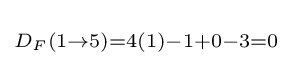
\scriptstyle D_{F}(1\rightarrow 5)=4(1)-1+0-3=0